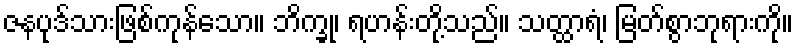
ဇနပုဒ်သားဖြစ်ကုန်သော။ ဘိက္ခု၊ ရဟန်းတို့သည်။ သတ္ထာရံ၊ မြတ်စွာဘုရားကို။